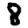
Digit: 8